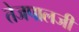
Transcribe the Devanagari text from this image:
तेजपालजी